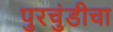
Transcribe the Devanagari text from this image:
पुरचुंडीचा